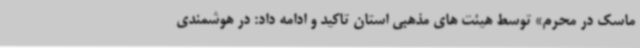
ماسک در محرم» توسط هیئت های مذهبی استان تاکید و ادامه داد: در هوشمندی